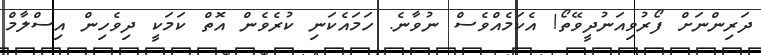
ދަރިންނަށް ފޯރުވިއަނުދީވޭތޯ! އެކަމެއްވެސް ނުވާނެ. ހަމައެކަނި ކުރެވެން އޮތް ކަމަކީ ދިވެހިން އިސްލާމް